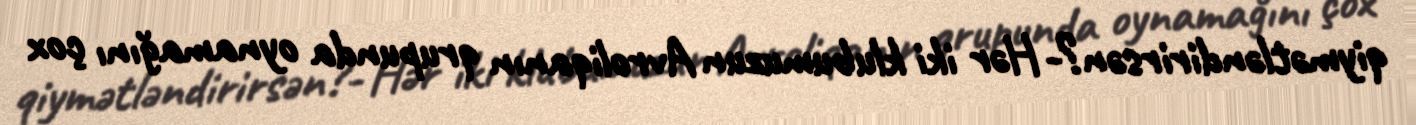
qiymətləndirirsən?- Hər iki klubumuzun Avroliqanın qrupunda oynamağını çox